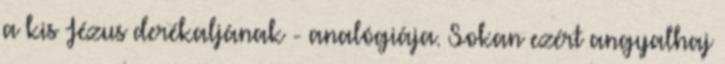
a kis Jézus derékaljának - analógiája. Sokan ezért angyalhaj